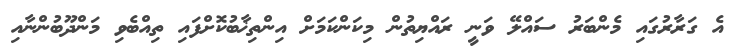
އެ ގަރާރުގައި މެންބަރު ސައްލޭ ވަނީ ރައްޔިތުން މިކަންކަމަށް އިންތިޚާބުކޮށްފައި ތިއްބެވި މަންދޫބުންނާއި